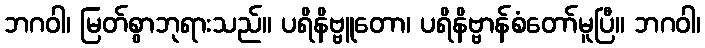
ဘဂဝါ၊ မြတ်စွာဘုရားသည်။ ပရိနိဗ္ဗူတော၊ ပရိနိဗ္ဗာန်စံတော်မူပြီ။ ဘဂဝါ၊